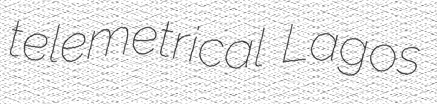
telemetrical Lagos